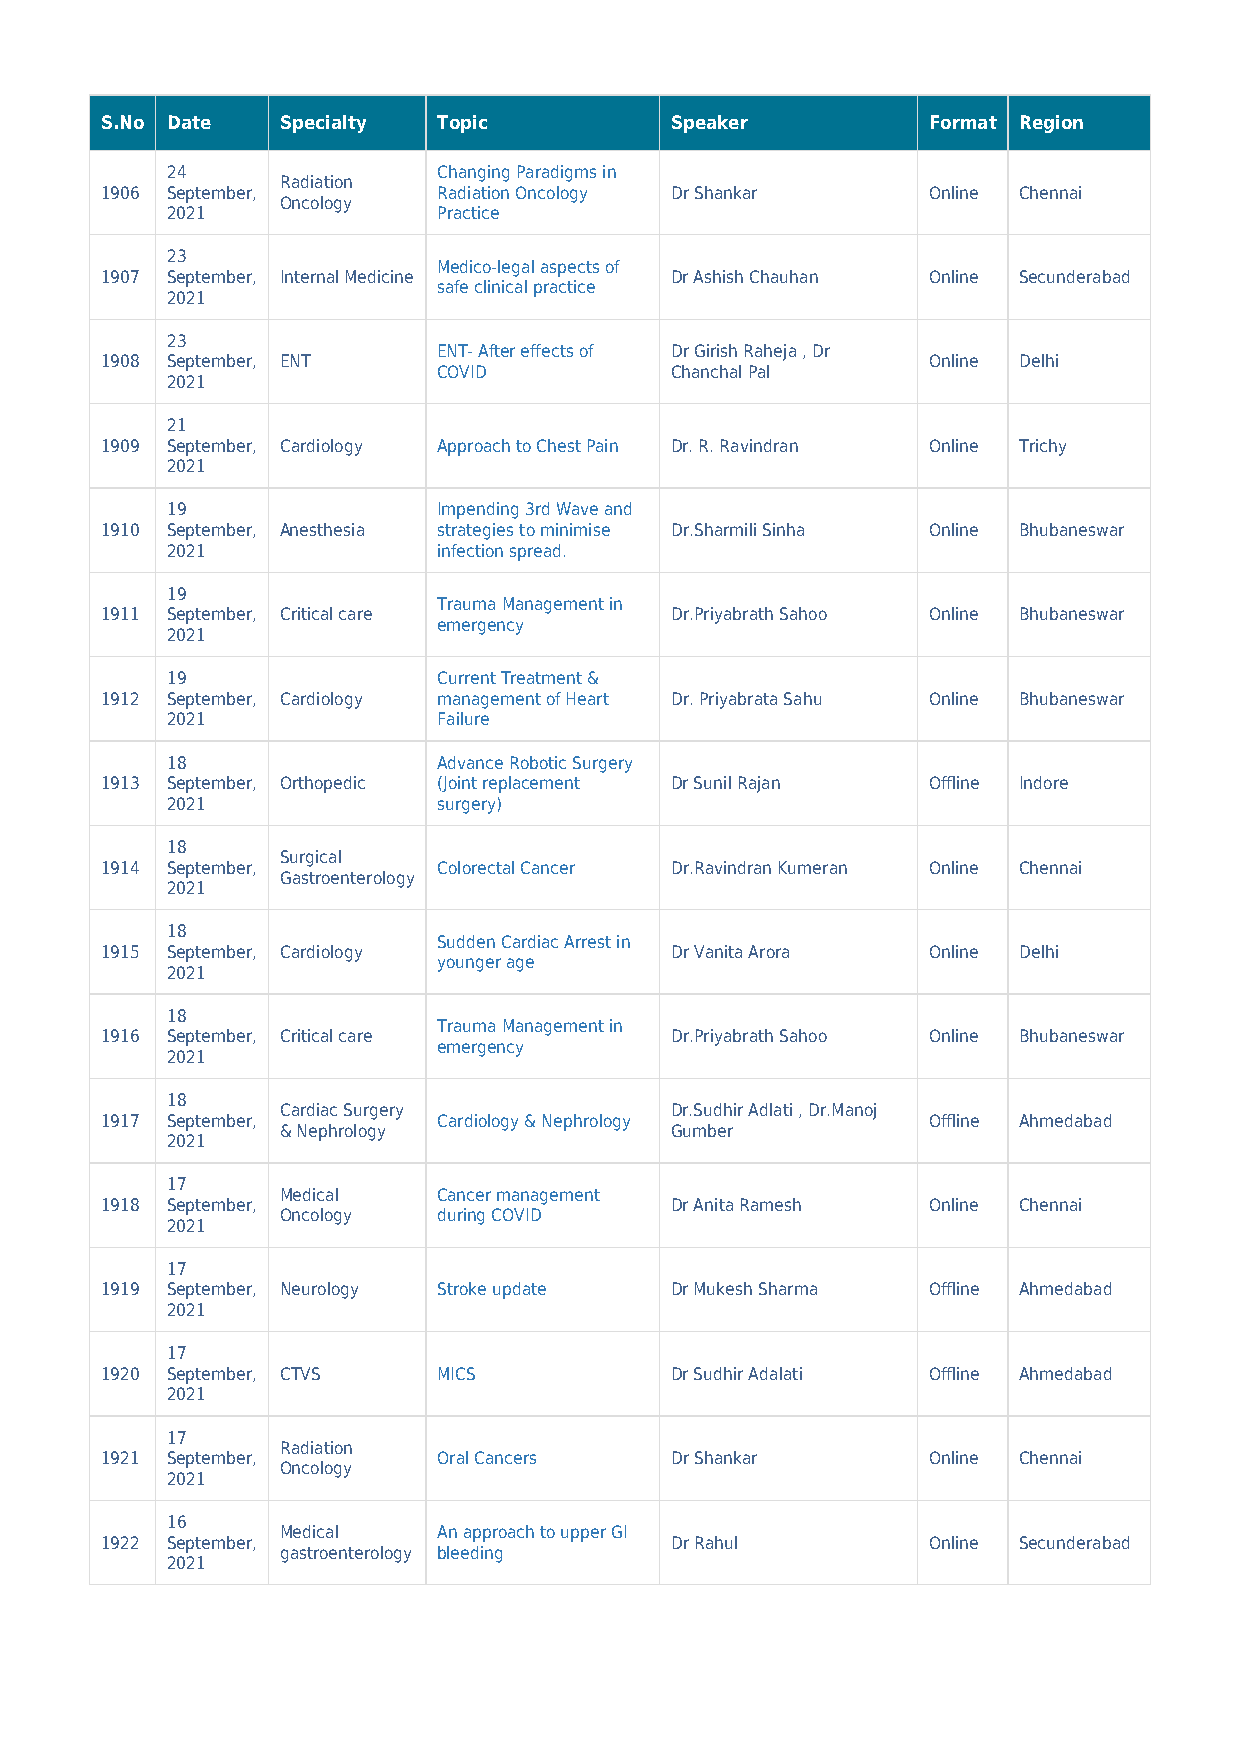
S.No Date   Specialty Topic          Speaker          Format Region
 24                Changing Paradigms in
 Radiation
 1906 September,       Radiation Oncology Dr Shankar   Online Chennai
 Oncology
 2021              Practice
 23
 Medico-legal aspects of
 1907 September, Internal Medicine    Dr Ashish Chauhan Online Secunderabad
 safe clinical practice
 2021
 23
 ENT- After effects of Dr Girish Raheja , Dr
 1908 September, ENT                                   Online Delhi
 COVID          Chanchal Pal
 2021
 21
 1909 September, Cardiology Approach to Chest Pain Dr. R. Ravindran Online Trichy
 2021
 19                Impending 3rd Wave and
 1910 September, Anesthesia strategies to minimise Dr.Sharmili Sinha Online Bhubaneswar
 2021              infection spread.
 19
 Trauma Management in
 1911 September, Critical care        Dr.Priyabrath Sahoo Online Bhubaneswar
 emergency
 2021
 19                Current Treatment &
 1912 September, Cardiology management of Heart Dr. Priyabrata Sahu Online Bhubaneswar
 2021              Failure
 18                Advance Robotic Surgery
 1913 September, Orthopedic (Joint replacement Dr Sunil Rajan Offline Indore
 2021              surgery)
 18
 Surgical
 1914 September,       Colorectal Cancer Dr.Ravindran Kumeran Online Chennai
 Gastroenterology
 2021
 18
 Sudden Cardiac Arrest in
 1915 September, Cardiology           Dr Vanita Arora  Online Delhi
 younger age
 2021
 18
 Trauma Management in
 1916 September, Critical care        Dr.Priyabrath Sahoo Online Bhubaneswar
 emergency
 2021
 18
 Cardiac Surgery          Dr.Sudhir Adlati , Dr.Manoj
 1917 September,       Cardiology & Nephrology         Offline Ahmedabad
 & Nephrology             Gumber
 2021
 17
 Medical   Cancer management
 1918 September,                      Dr Anita Ramesh  Online Chennai
 Oncology  during COVID
 2021
 17
 1919 September, Neurology Stroke update Dr Mukesh Sharma Offline Ahmedabad
 2021
 17
 1920 September, CTVS  MICS           Dr Sudhir Adalati Offline Ahmedabad
 2021
 17
 Radiation
 1921 September,       Oral Cancers   Dr Shankar       Online Chennai
 Oncology
 2021
 16
 Medical   An approach to upper GI
 1922 September,                      Dr Rahul         Online Secunderabad
 gastroenterology bleeding
 2021